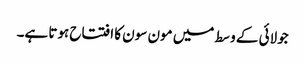
جولائی کے وسط میں مون سون کا افتتاح ہوتا ہے۔